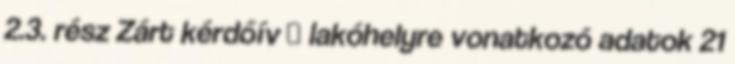
2.3. rész Zárt kérdőív  lakóhelyre vonatkozó adatok 21